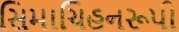
સિમાચિહનરૂપી